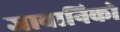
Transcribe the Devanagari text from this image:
जावानिको